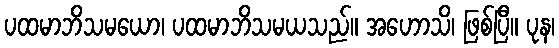
ပထမာဘိသမယော၊ ပထမာဘိသမယသည်။ အဟောသိ၊ ဖြစ်ပြီ။ ပုန၊